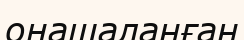
оңашаланған